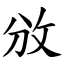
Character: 攽